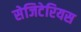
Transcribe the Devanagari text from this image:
सेजिटेरियस